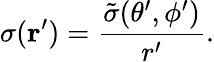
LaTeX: \sigma({\mathbf r}^{\prime})=\frac{\tilde{\sigma}(\theta^{\prime},\phi^{\prime})}{r^{\prime}}.